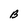
Character: B